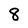
Character: 8